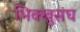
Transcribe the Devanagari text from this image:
भिक्खुसंघ